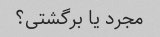
مجرد یا برگشتی؟